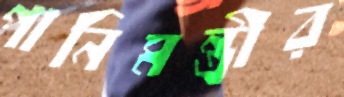
পানিমন্ত্রীর